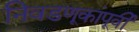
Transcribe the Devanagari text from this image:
निवडणूकांपूर्वी